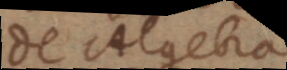
De Algebra.